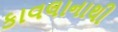
કાવલાનાથી